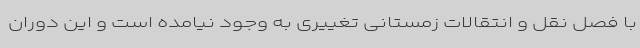
با فصل نقل و انتقالات زمستانی تغییری به وجود نیامده است و این دوران